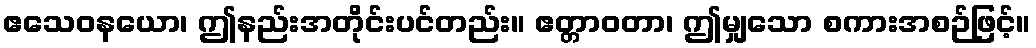
ဧသေဝနယော၊ ဤနည်းအတိုင်းပင်တည်း။ ဧတ္တာဝတာ၊ ဤမျှသော စကားအစဉ်ဖြင့်။